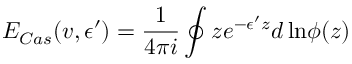
E _ { C a s } ( v , \epsilon ^ { \prime } ) = \frac { 1 } { 4 \pi i } \oint z e ^ { - \epsilon ^ { \prime } z } d \, \mathrm { l n } \phi ( z )